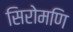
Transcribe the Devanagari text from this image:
सिरोमणि